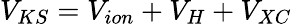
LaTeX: V_{KS}=V_{ion}+V_{H}+V_{XC}